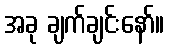
အခု ချက်ချင်းနော်။